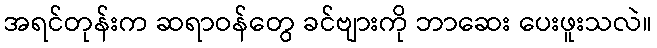
အရင်တုန်းက ဆရာဝန်တွေ ခင်ဗျားကို ဘာဆေး ပေးဖူးသလဲ။